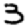
Digit: 3